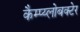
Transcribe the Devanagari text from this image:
कैम्प्य्लोबक्टेर